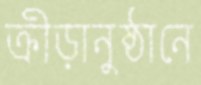
ক্রীড়ানুষ্ঠানে